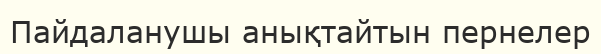
Пайдаланушы анықтайтын пернелер